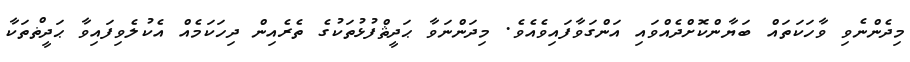
މިދެންނެވި ވާހަކަތައް ބަޔާންކޮށްދެއްވައި އަންގަވާފައިވެއެވެ. މިދަންނަވާ ޙަދީޘްފުޅުތަކުގެ ތެރެއިން ދިހަކަމެއް އެކުލެވިފައިވާ ޙަދީޡްތަކާ